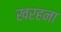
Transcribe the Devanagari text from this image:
खरहना